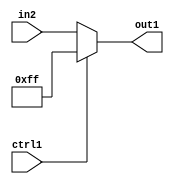
`timescale 1ps / 1ps
/*****************************************************************************
    Verilog RTL Description
    
    
    Created by: Stratus DpOpt 21.05.01 
*******************************************************************************/

module SobelFilter_N_Mux_16_2_55_4 (
	in2,
	ctrl1,
	out1
	); /* architecture "behavioural" */ 
input [15:0] in2;
input  ctrl1;
output [15:0] out1;
wire [15:0] asc001;

reg [15:0] asc001_tmp_0;
assign asc001 = asc001_tmp_0;
always @ (ctrl1 or in2) begin
	case (ctrl1)
		1'B1 : asc001_tmp_0 = 16'B0000000011111111 ;
		default : asc001_tmp_0 = in2 ;
	endcase
end

assign out1 = asc001;
endmodule

/* CADENCE  uLf3Tgg= : u9/ySxbfrwZIxEzHVQQV8Q== ** DO NOT EDIT THIS LINE ******/